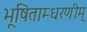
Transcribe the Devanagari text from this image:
भूषिताम्धरणीम्